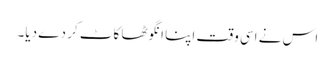
اس نے اسی وقت اپنا انگوٹھا کاٹ کر دے دیا۔